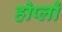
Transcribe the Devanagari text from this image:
होप्लों